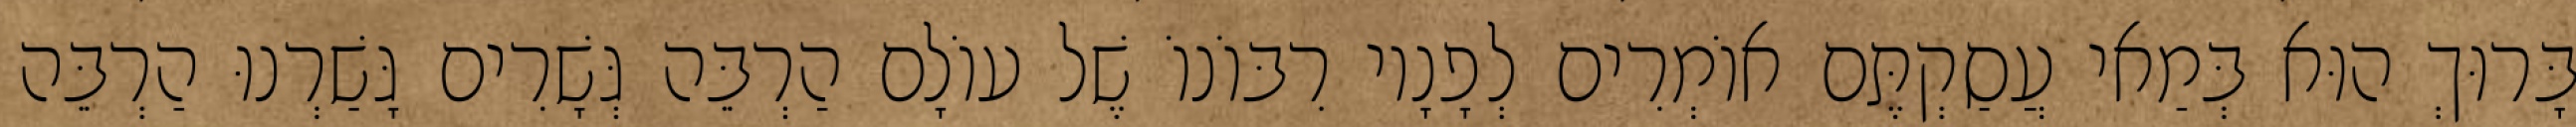
בָּרוּךְ הוּא בְּמַאי עֲסַקְתֶּם אוֹמְרִים לְפָנָיו רִבּוֹנוֹ שֶׁל עוֹלָם הַרְבֵּה גְּשָׁרִים גָּשַׁרְנוּ הַרְבֵּה